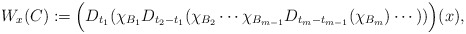
\begin{align*}W_x(C ) :=\Big (D_{t_1}(\chi_{B_1}D_{t_2-t_1}(\chi_{B_2}\cdots\chi_{B_{m-1}} D_{t_m-t_{m-1}}(\chi_{B_m})\cdots))\Big) (x),\end{align*}